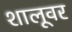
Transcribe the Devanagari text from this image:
शालूवर